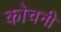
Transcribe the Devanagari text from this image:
कोचनी